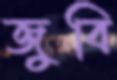
জুবি